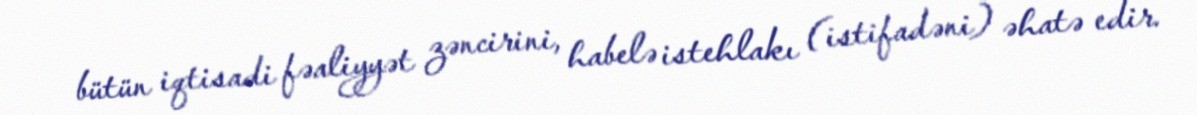
bütün iqtisadi fəaliyyət zəncirini, habelə istehlakı (istifadəni) əhatə edir.